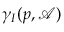
\gamma _ { I } ( p , { \mathcal { A } } )